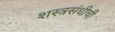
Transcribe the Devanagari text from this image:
शस्त्रसंधीची